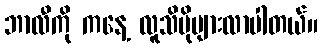
ဘာလီကို ကနေ့ လူသိပိုများလာပါတယ်။